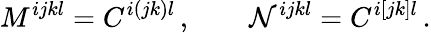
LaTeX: M^{ijkl}=C^{i(jk)l}\, ,\qquad\mathcal{N}^{ijkl}=C^{i[jk]l}\, .